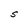
Character: S